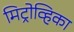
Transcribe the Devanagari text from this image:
मिट्रोव्हिका